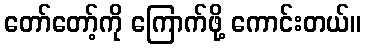
တော်တော့်ကို ကြောက်ဖို့ ကောင်းတယ်။